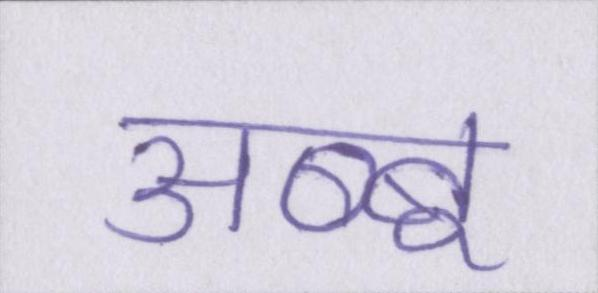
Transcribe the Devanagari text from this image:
अब्बू